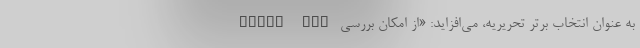
Watch Fit به عنوان انتخاب برتر تحریریه، می‌افزاید: «از امکان بررسی